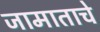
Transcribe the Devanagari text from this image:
जामाताचे